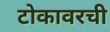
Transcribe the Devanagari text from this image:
टोकावरची